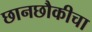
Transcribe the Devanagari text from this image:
छानछौकीचा